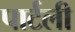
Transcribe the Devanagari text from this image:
पार्टली